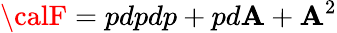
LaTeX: {\calF}=pdpdp+pd{\cal\mathbf{A}}+{\cal\mathbf{A}}^{2}